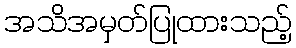
အသိအမှတ်ပြုထားသည့်